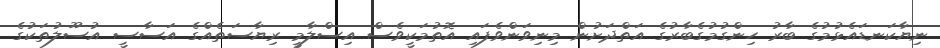
ނިޔާކަނޑައެޅުމުގެ ބާރު ހިންގުމުގެބާރުގެ އަތްދަށުން މިނިވަންވެފައި އޮތުމަކީވެސް އިސްލާމީ ރިޔާސަތެއްގެ އަސާސީ އުސޫލުތަކުގެ